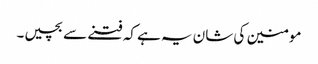
مومنین کی شان یہ ہے کہ فتنے سے بچیں۔